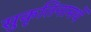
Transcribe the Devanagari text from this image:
सुकृतिनामर्थे